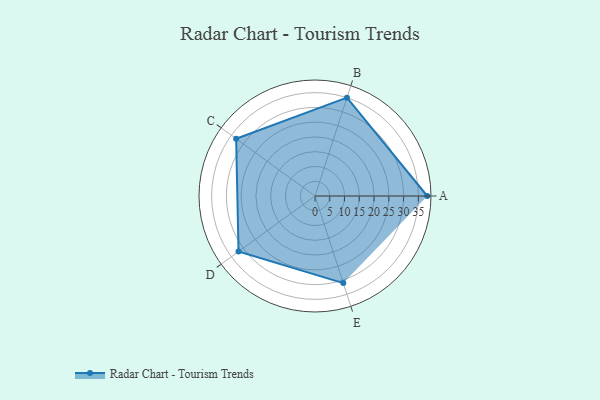
{"axis": {"x": "Skill", "y": "Score"}, "legend": ["Profile"], "data": [{"x": "A", "y": 38.0, "type": "Profile"}, {"x": "B", "y": 35.0, "type": "Profile"}, {"x": "C", "y": 33.0, "type": "Profile"}, {"x": "D", "y": 32.0, "type": "Profile"}, {"x": "E", "y": 31.0, "type": "Profile"}]}